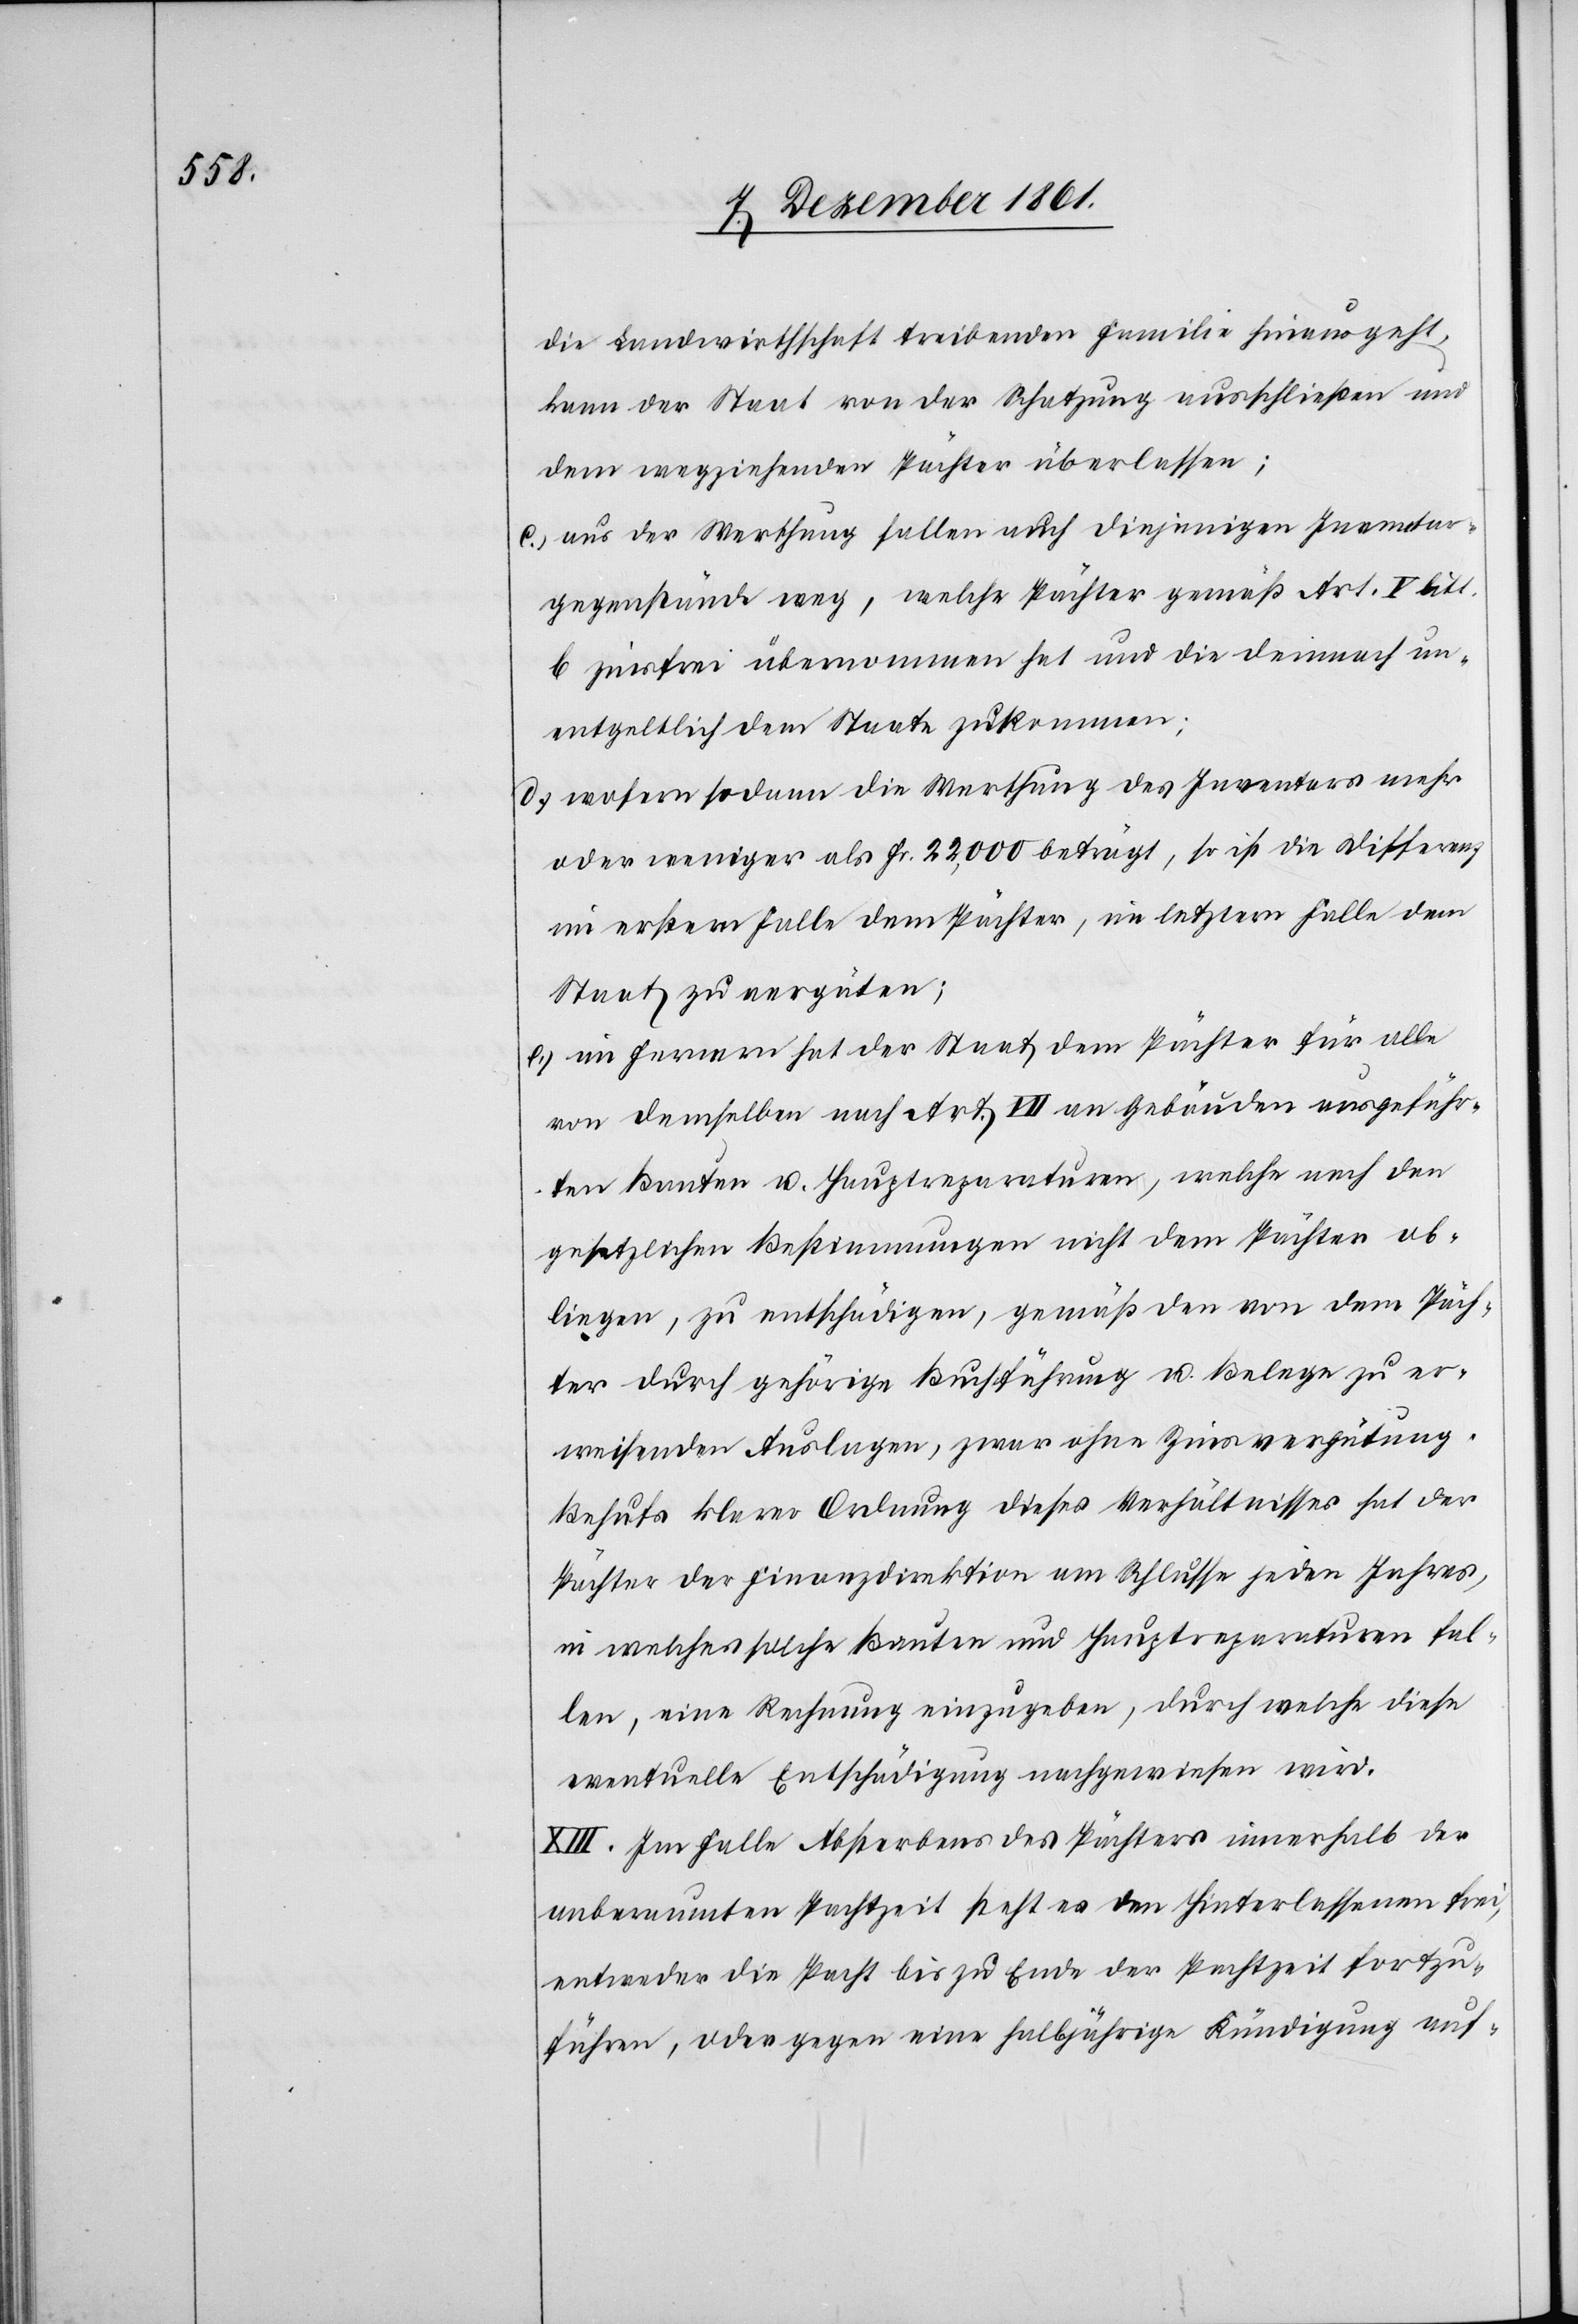
die Landwirthschaft treibenden Familie hinausgeht,
kann der Staat von der Schatzung ausschließen und
dem wegziehenden Pächter überlassen;
c.) aus der Werthung fallen auch diejenigen Inventar¬
gegenstände weg, welche Pächter gemäß Art. V litt.
b. zinsfrei übernommen hat und die demnach un¬
entgeldlich dem Staate zukommen.
d.) wofern sodann die Werthung des Inventars mehr
oder weniger als Fr. 22,000 beträgt, so ist die Differenz
im erstern Falle dem Pächter, im letztern Falle dem
Staat zu vergüten;
e.) im Fernern hat der Staat dem Pächter für alle
von demselben nach Art. VII an Gebäuden ausgeführ¬
ten Bauten u. Hauptreparaturen, welche nach den
gesetzlichen Bestimmungen nicht dem Pächter ob¬
liegen, zu entschädigen, gemäß den von dem Päch¬
ter durch gehörige Buchführung u. Belege zu er¬
weisenden Auslagen, zwar ohne Zinsvergütung.
Behufs klarer Ordnung dieses Verhältnisses hat der
Pächter der Finanzdirektion am Schlusse jeden Jahres,
in welches solche Bauten und Hauptreparaturen fal¬
len, eine Rechnung einzugeben, durch welche diese
eventuelle Entschädigung nachgewiesen wird.
XIII. Im Falle Absterbens des Pächters innerhalb der
anberaumten Pachtzeit steht es den Hinterlassenen frei,
entweder die Pacht bis zu Ende der Pachtzeit fortzu¬
führen, oder gegen eine halbjährige Kündigung auf-